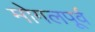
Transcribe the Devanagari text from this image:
मोगलपूर्व